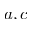
a , c